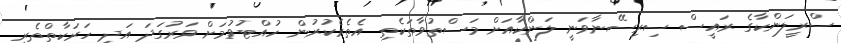
ސްރީލަންކާގެ ރައީސް ސިރިސޭނާވަނީ ލަންކާއަށް މަސްތުވާތަކެތި އެތެރެކުރުން ހުއްޓުވުމަށް ވަރުގަދަ އަދި ހަރަކާތްތެރި